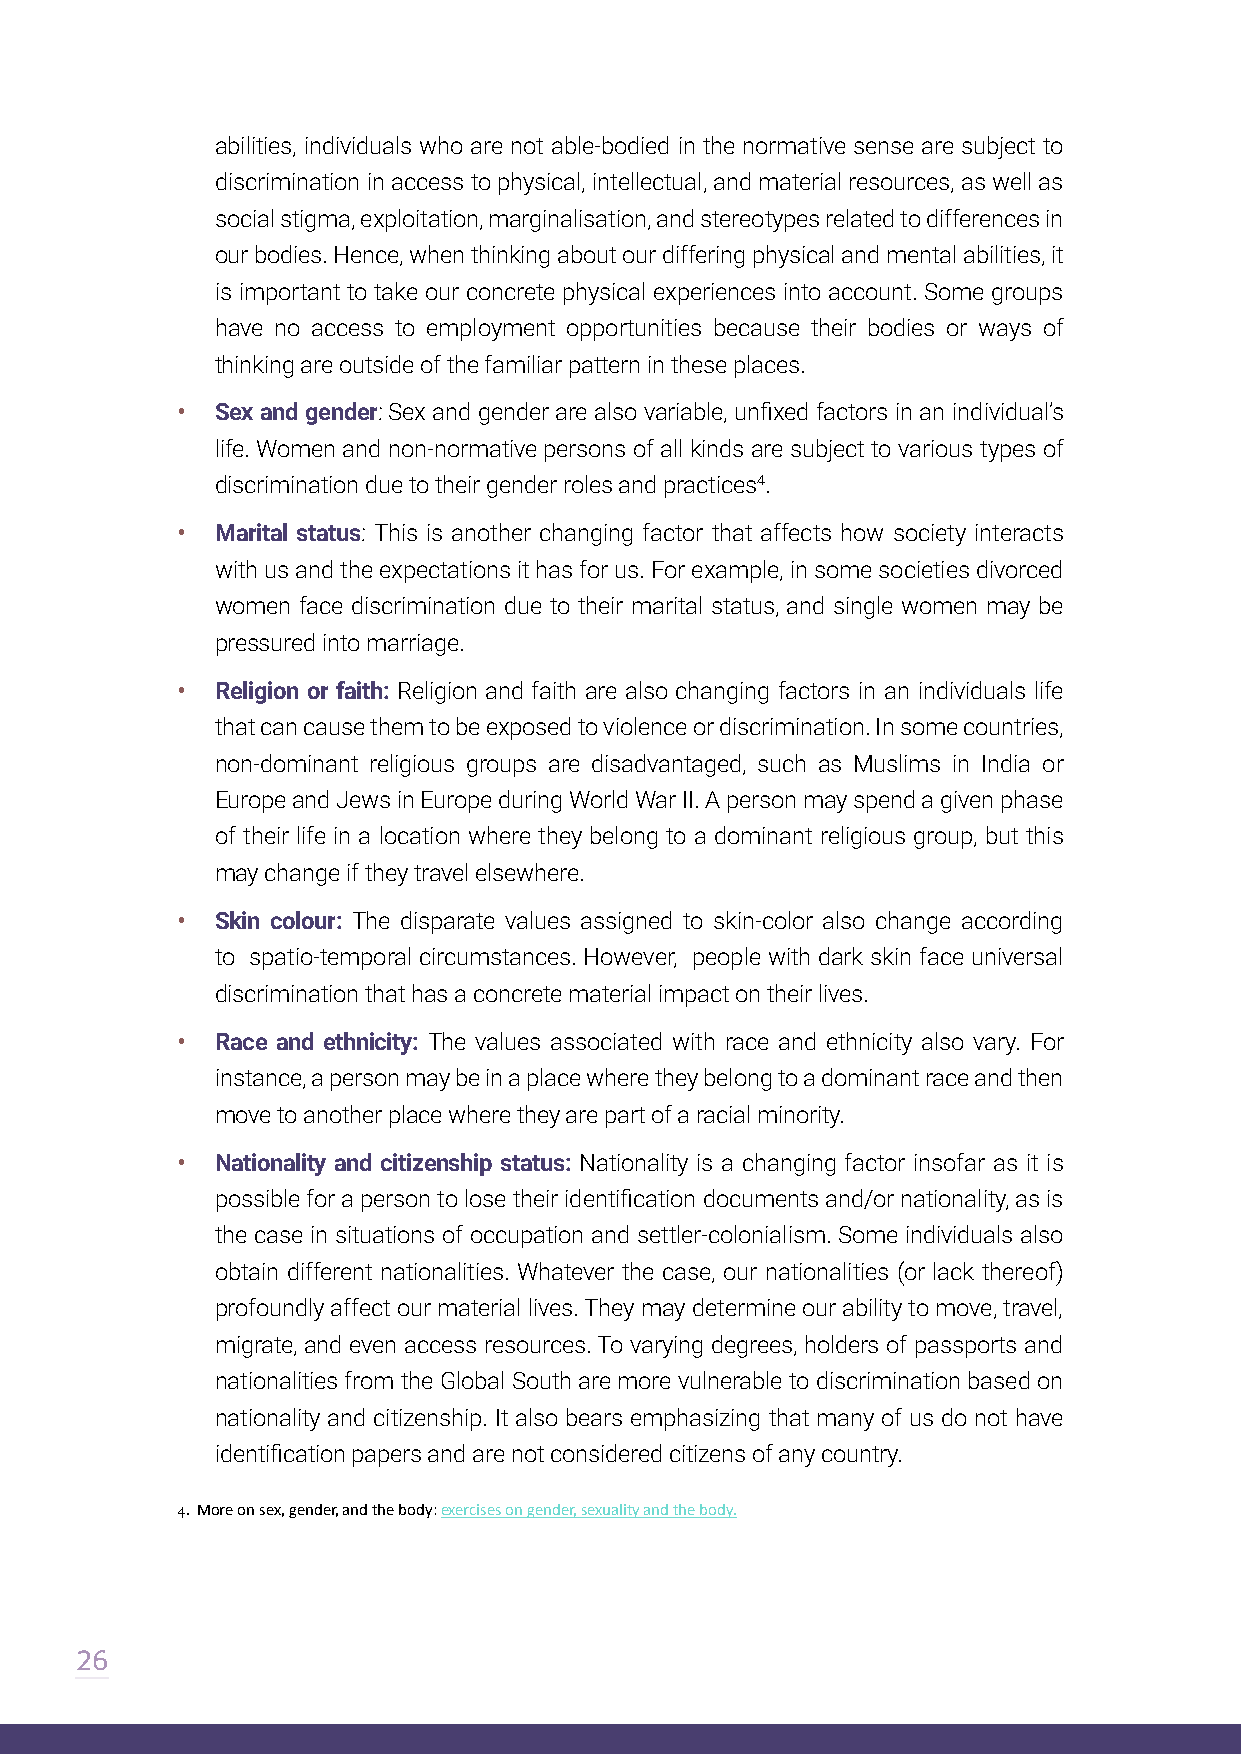
abilities, individuals who are not able-bodied in the normative sense are subject to
 discrimination in access to physical, intellectual, and material resources, as well as
 social stigma, exploitation, marginalisation, and stereotypes related to differences in
 our bodies. Hence, when thinking about our differing physical and mental abilities, it
 is important to take our concrete physical experiences into account. Some groups
 have no access to employment opportunities because their bodies or ways of
 thinking are outside of the familiar pattern in these places.
 • Sex and gender: Sex and gender are also variable, unfixed factors in an individual’s
 life. Women and non-normative persons of all kinds are subject to various types of
 discrimination due to their gender roles and practices4.
 • Marital status: This is another changing factor that affects how society interacts
 with us and the expectations it has for us. For example, in some societies divorced
 women face discrimination due to their marital status, and single women may be
 pressured into marriage.
 • Religion or faith: Religion and faith are also changing factors in an individuals life
 that can cause them to be exposed to violence or discrimination. In some countries,
 non-dominant religious groups are disadvantaged, such as Muslims in India or
 Europe and Jews in Europe during World War II. A person may spend a given phase
 of their life in a location where they belong to a dominant religious group, but this
 may change if they travel elsewhere.
 • Skin colour: The disparate values assigned to skin-color also change according
 to spatio-temporal circumstances. However, people with dark skin face universal
 discrimination that has a concrete material impact on their lives.
 • Race and ethnicity: The values associated with race and ethnicity also vary. For
 instance, a person may be in a place where they belong to a dominant race and then
 move to another place where they are part of a racial minority.
 • Nationality and citizenship status: Nationality is a changing factor insofar as it is
 possible for a person to lose their identification documents and/or nationality, as is
 the case in situations of occupation and settler-colonialism. Some individuals also
 obtain different nationalities. Whatever the case, our nationalities (or lack thereof)
 profoundly affect our material lives. They may determine our ability to move, travel,
 migrate, and even access resources. To varying degrees, holders of passports and
 nationalities from the Global South are more vulnerable to discrimination based on
 nationality and citizenship. It also bears emphasizing that many of us do not have
 identification papers and are not considered citizens of any country.
 4. More on sex, gender, and the body: exercises on gender, sexuality and the body.
 26